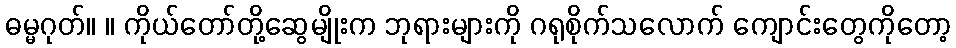
ဓမ္မဂုတ်။ ။ ကိုယ်တော်တို့ဆွေမျိုးက ဘုရားများကို ဂရုစိုက်သလောက် ကျောင်းတွေကိုတော့